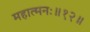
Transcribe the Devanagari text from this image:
महात्मनः॥१२॥